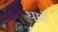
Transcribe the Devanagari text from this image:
धूम्रों